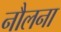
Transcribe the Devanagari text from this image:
नौलना